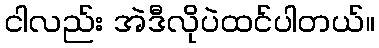
ငါလည်း အဲဒီလိုပဲထင်ပါတယ်။